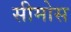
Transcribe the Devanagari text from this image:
सीमोस